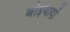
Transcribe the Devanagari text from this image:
बोइयार्दो